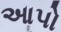
આપો